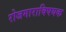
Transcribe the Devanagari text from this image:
रोजगाराविषयक